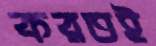
করতই